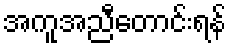
အကူအညီတောင်းရန်